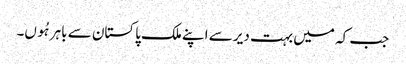
جب کہ میں بہت دیر سے اپنے ملک پاکستان سے باہر ہُوں۔